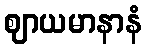
ဈာယမာနာနံ